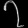
Digit: ၇